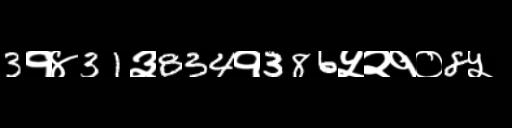
Text: 3१४31३834१386५२१०8५